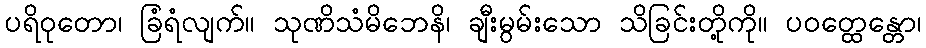
ပရိဝုတော၊ ခြံရံလျက်။ သုဏိသံမိဘေနိ၊ ချီးမွမ်းသော သိခြင်းတို့ကို။ ပဝတ္ထေန္တော၊